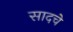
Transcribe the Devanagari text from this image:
सादचे